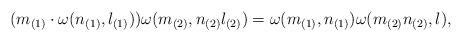
LaTeX: \begin{align*}(m_{(1)}\cdot \omega (n_{(1)} , l_{(1)}))\omega (m_{(2)}, n_{(2)}l_{(2)})=\omega(m_{(1)} ,n_{(1)})\omega (m_{(2)}n_{(2)} ,l) ,\end{align*}